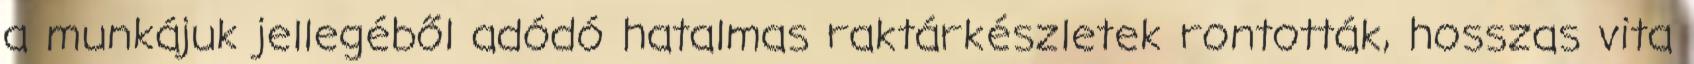
a munkájuk jellegéből adódó hatalmas raktárkészletek rontották, hosszas vita